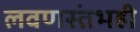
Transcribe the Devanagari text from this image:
लवणस्तंभही